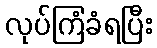
လုပ်ကြံခံရပြီး